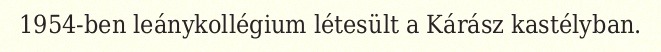
1954-ben leánykollégium létesült a Kárász kastélyban.